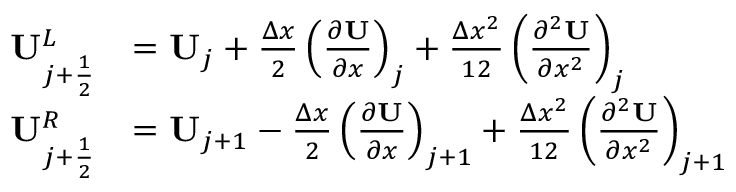
\begin{array} { r l } { \mathbf { U } _ { j + \frac { 1 } { 2 } } ^ { L } } & { = \mathbf { { U } } _ { j } + \frac { \Delta x } { 2 } \left( \frac { \partial \mathbf { U } } { \partial x } \right) _ { j } + \frac { \Delta x ^ { 2 } } { 1 2 } \left( \frac { \partial ^ { 2 } \mathbf { U } } { \partial x ^ { 2 } } \right) _ { j } } \\ { \mathbf { U } _ { j + \frac { 1 } { 2 } } ^ { R } } & { = \mathbf { { U } } _ { j + 1 } - \frac { \Delta x } { 2 } \left( \frac { \partial \mathbf { U } } { \partial x } \right) _ { j + 1 } + \frac { \Delta x ^ { 2 } } { 1 2 } \left( \frac { \partial ^ { 2 } \mathbf { U } } { \partial x ^ { 2 } } \right) _ { j + 1 } \quad } \end{array}